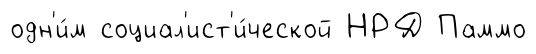
одн'и́м социал'ист'и́ческой НРД Паммо